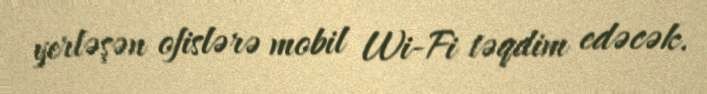
yerləşən ofislərə mobil Wi-Fi təqdim edəcək.